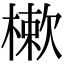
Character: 樕